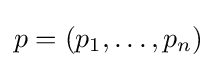
p=\left(p_{1},\ldots ,p_{n}\right)